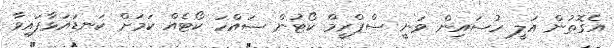
އެގޮތުން އަލީ ހުސައިން ވަނީ ސްޕްރީމް ކޯޓުން ސައްހަ ކޯޓެއް ކަމަށް ކަނޑައަޅާފައިވާ